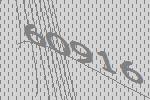
60916